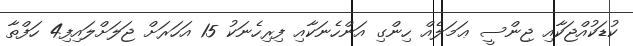
ކުޑަކުއްޖަކާއި ޖިންސީ ޢަމަލެއް ހިންގި އަންހެނަކާއި ފިރިހެނަކު 15 އަހަރަށް ޖަލަށްލައިފި4 ހަފްތާ